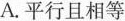
A.平行且相等